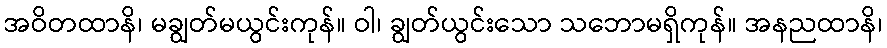
အဝိတထာနိ၊ မချွတ်မယွင်းကုန်။ ဝါ၊ ချွတ်ယွင်းသော သဘောမရှိကုန်။ အနညထာနိ၊